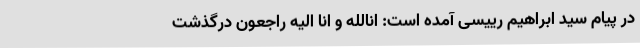
در پیام سید ابراهیم رییسی آمده است: انالله و انا الیه راجعون درگذشت